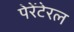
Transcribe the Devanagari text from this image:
पेरेंटेरल